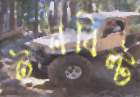
ইনবিল্ট